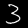
Label: 3